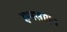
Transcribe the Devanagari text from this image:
एनसाइन